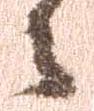
々